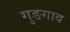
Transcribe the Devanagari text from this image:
गुङगाव